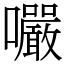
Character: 㘙